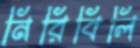
নিরিবিলি